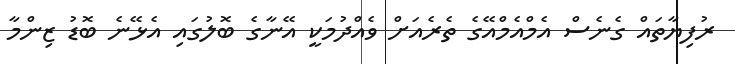
ރުފިޔާތައް ގެނެސް އެމްއެމްއޭގެ ތެރެއަށް ވެއްދުމަކީ އޭނާގެ ބޮލުގައި އެޅޭނެ ބޮޑު ޒިންމާ